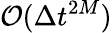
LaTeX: {\cal O}(\Delta t^{2M})